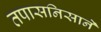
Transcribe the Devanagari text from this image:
तपासनिसाने